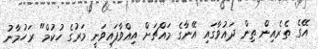
އޭގެ ތެރެއިން ތިން ދައުވާގައި އޭނާގެ މައްޗަށް އިއްވާފައިވަނީ މަރުގެ ހުކުމް" ރަހުމާނު